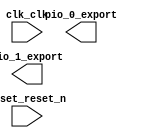

module cpu2core_BACKUP (
	clk_clk,
	pio_0_export,
	pio_1_export,
	reset_reset_n);	

	input		clk_clk;
	output		pio_0_export;
	output		pio_1_export;
	input		reset_reset_n;
endmodule